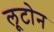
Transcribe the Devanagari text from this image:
लूटोन